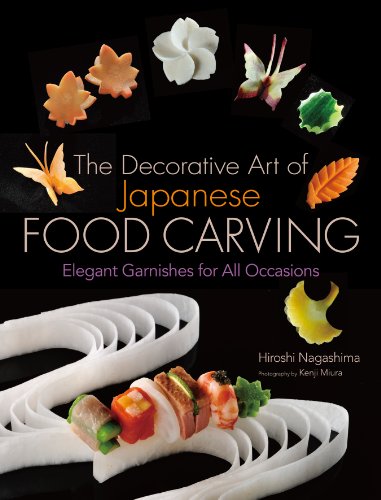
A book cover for The Decorative Art of Japanese Food Carving: Elegant Garnishes for All Occasions; Hiroshi Nagashima; Cookbooks, Food & Wine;